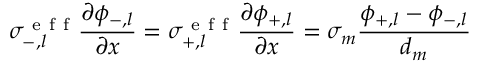
\sigma _ { - , l } ^ { \mathrm { ~ e ~ f ~ f ~ } } \frac { \partial \phi _ { - , l } } { \partial x } = \sigma _ { + , l } ^ { \mathrm { ~ e ~ f ~ f ~ } } \frac { \partial \phi _ { + , l } } { \partial x } = \sigma _ { m } \frac { \phi _ { + , l } - \phi _ { - , l } } { d _ { m } }